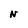
Character: N